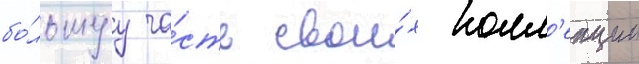
бо́льшуу ча́сть свои́х колл'екции